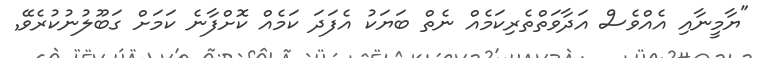
"ޔާމީނާއި އެއްވެސް އަދާވަތްތެރިކަމެއް ނެތް ބަޔަކު އެފަދަ ކަމެއް ކޮށްފާނެ ކަމަށް ގަބޫލުނުކުރެވޭ